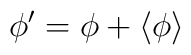
\phi^{\prime}= \phi + \langle \phi \rangle